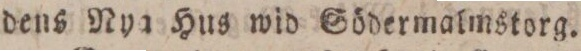
dens Nya Hus wid Södermalmstorg.